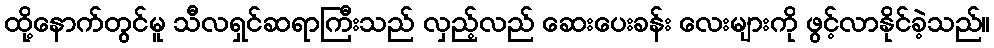
ထို့နောက်တွင်မူ သီလရှင်ဆရာကြီးသည် လှည့်လည် ဆေးပေးခန်း လေးများကို ဖွင့်လာနိုင်ခဲ့သည်။